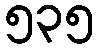
၅၃၅